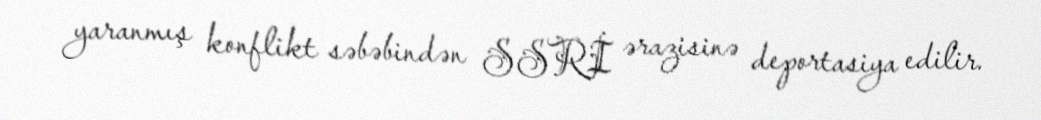
yaranmış konflikt səbəbindən SSRİ ərazisinə deportasiya edilir.